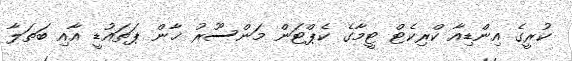
ކުރީގެ އިންޑިއާ ކްރިކެޓް ޓީމާގެ ކެޕްޓަން މަންސޫރު ޚާން ޕަތައުޑީ އާއި ބަތަލާ